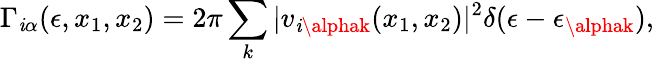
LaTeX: \Gamma_{\mathit{i}\alpha}(\epsilon,x_{1},x_{2})=2\pi\sum_{k}|v_{\mathit{i}\alphak}(x_{1},x_{2})|^{2}\delta(\epsilon-\epsilon_{\alphak}),